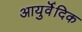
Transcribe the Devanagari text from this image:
आयुर्वॆदिक